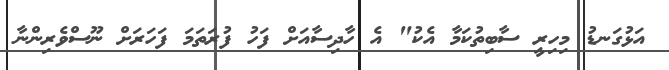
އަޅުގަނޑު މިހިރީ ސާބިތުކަމާ އެކު" އެ ހާދިސާއަށް ފަހު ފުރަތަމަ ފަހަރަށް ނޫސްވެރިންނާ